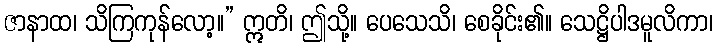
ဇာနာထ၊ သိကြကုန်လော့။” ဣတိ၊ ဤသို့။ ပေသေသိ၊ စေခိုင်း၏။ သေဋ္ဌိပါဒမူလိကာ၊